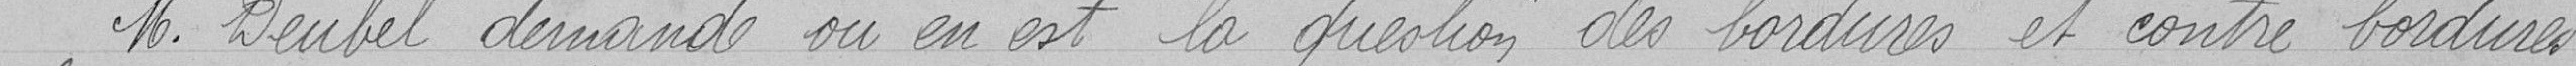
Monsieur Deubel demande où en est la question des bordures et contre-bordures